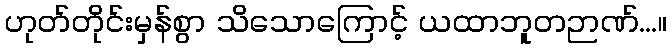
ဟုတ်တိုင်းမှန်စွာ သိသောကြောင့် ယထာဘူတဉာဏ်...။